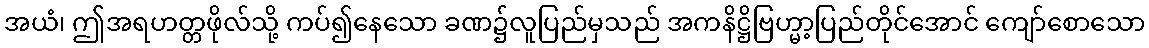
အယံ၊ ဤအရဟတ္တဖိုလ်သို့ ကပ်၍နေသော ခဏ၌လူပြည်မှသည် အကနိဋ္ဌိဗြဟ္မာ့ပြည်တိုင်အောင် ကျော်စောသော